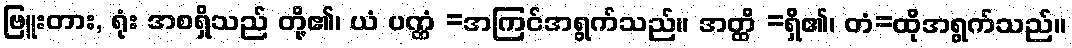
ဗြူးတား, ရုံး အစရှိသည် တို့၏၊ ယံ ပဏ္ဏံ =အကြင်အရွက်သည်။ အတ္ထိ =ရှိ၏၊ တံ=ထိုအရွက်သည်။